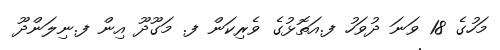
މަހުގެ 18 ވަނަ ދުވަހު ފ.އަތޮޅުގެ ވެރިކަން ފ. މަގޫދޫ އިން ފ.ނިލަންދޫ